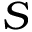
S